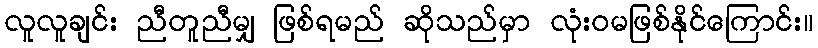
လူလူချင်း ညီတူညီမျှ ဖြစ်ရမည် ဆိုသည်မှာ လုံးဝမဖြစ်နိုင်ကြောင်း။